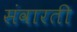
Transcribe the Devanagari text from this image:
संवारती